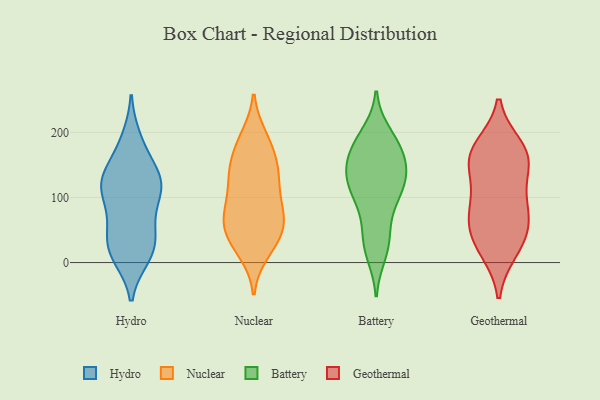
{"axis": {"x": "Temperature (°C)", "y": "Value"}, "legend": ["Battery", "Geothermal", "Hydro", "Nuclear"], "data": [{"x": "", "y": 189, "type": "Hydro"}, {"x": "", "y": 106, "type": "Hydro"}, {"x": "", "y": 180, "type": "Hydro"}, {"x": "", "y": 15, "type": "Hydro"}, {"x": "", "y": 113, "type": "Hydro"}, {"x": "", "y": 71, "type": "Hydro"}, {"x": "", "y": 119, "type": "Hydro"}, {"x": "", "y": 14, "type": "Hydro"}, {"x": "", "y": 117, "type": "Hydro"}, {"x": "", "y": 46, "type": "Hydro"}, {"x": "", "y": 116, "type": "Hydro"}, {"x": "", "y": 30, "type": "Hydro"}, {"x": "", "y": 64, "type": "Hydro"}, {"x": "", "y": 24, "type": "Hydro"}, {"x": "", "y": 10, "type": "Hydro"}, {"x": "", "y": 141, "type": "Hydro"}, {"x": "", "y": 133, "type": "Hydro"}, {"x": "", "y": 132, "type": "Hydro"}, {"x": "", "y": 53, "type": "Nuclear"}, {"x": "", "y": 103, "type": "Nuclear"}, {"x": "", "y": 183, "type": "Nuclear"}, {"x": "", "y": 85, "type": "Nuclear"}, {"x": "", "y": 146, "type": "Nuclear"}, {"x": "", "y": 23, "type": "Nuclear"}, {"x": "", "y": 136, "type": "Nuclear"}, {"x": "", "y": 17, "type": "Nuclear"}, {"x": "", "y": 61, "type": "Nuclear"}, {"x": "", "y": 184, "type": "Nuclear"}, {"x": "", "y": 146, "type": "Nuclear"}, {"x": "", "y": 140, "type": "Nuclear"}, {"x": "", "y": 192, "type": "Nuclear"}, {"x": "", "y": 38, "type": "Nuclear"}, {"x": "", "y": 79, "type": "Nuclear"}, {"x": "", "y": 78, "type": "Nuclear"}, {"x": "", "y": 124, "type": "Nuclear"}, {"x": "", "y": 43, "type": "Nuclear"}, {"x": "", "y": 61, "type": "Nuclear"}, {"x": "", "y": 132, "type": "Battery"}, {"x": "", "y": 170, "type": "Battery"}, {"x": "", "y": 114, "type": "Battery"}, {"x": "", "y": 98, "type": "Battery"}, {"x": "", "y": 181, "type": "Battery"}, {"x": "", "y": 142, "type": "Battery"}, {"x": "", "y": 125, "type": "Battery"}, {"x": "", "y": 35, "type": "Battery"}, {"x": "", "y": 189, "type": "Battery"}, {"x": "", "y": 122, "type": "Battery"}, {"x": "", "y": 41, "type": "Battery"}, {"x": "", "y": 136, "type": "Battery"}, {"x": "", "y": 197, "type": "Battery"}, {"x": "", "y": 97, "type": "Battery"}, {"x": "", "y": 169, "type": "Battery"}, {"x": "", "y": 23, "type": "Battery"}, {"x": "", "y": 144, "type": "Battery"}, {"x": "", "y": 79, "type": "Battery"}, {"x": "", "y": 14, "type": "Battery"}, {"x": "", "y": 173, "type": "Battery"}, {"x": "", "y": 42, "type": "Geothermal"}, {"x": "", "y": 162, "type": "Geothermal"}, {"x": "", "y": 162, "type": "Geothermal"}, {"x": "", "y": 64, "type": "Geothermal"}, {"x": "", "y": 29, "type": "Geothermal"}, {"x": "", "y": 176, "type": "Geothermal"}, {"x": "", "y": 88, "type": "Geothermal"}, {"x": "", "y": 102, "type": "Geothermal"}, {"x": "", "y": 20, "type": "Geothermal"}, {"x": "", "y": 152, "type": "Geothermal"}, {"x": "", "y": 74, "type": "Geothermal"}, {"x": "", "y": 162, "type": "Geothermal"}]}